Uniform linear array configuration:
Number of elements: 4
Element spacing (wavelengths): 0.75
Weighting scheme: binomial
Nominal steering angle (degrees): -30
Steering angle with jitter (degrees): -28.464
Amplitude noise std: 0.05
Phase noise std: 0.05

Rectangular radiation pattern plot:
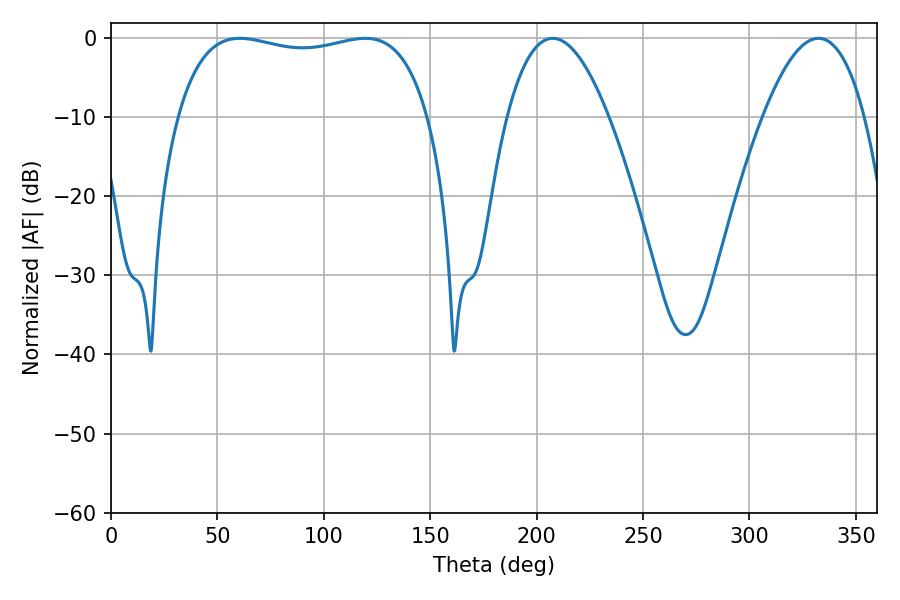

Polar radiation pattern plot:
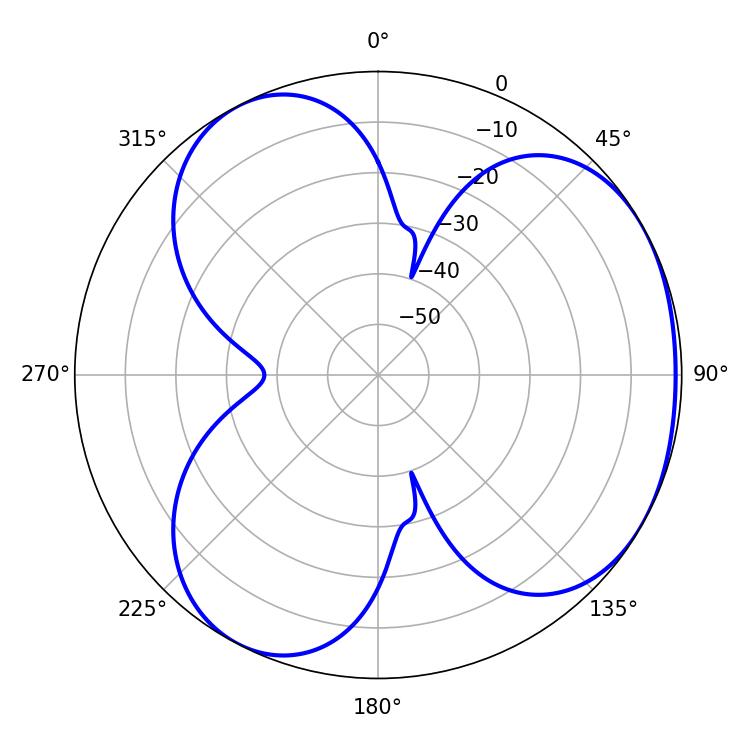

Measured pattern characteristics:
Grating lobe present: TRUE
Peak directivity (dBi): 3.61
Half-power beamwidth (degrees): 26.28
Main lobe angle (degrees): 207.54